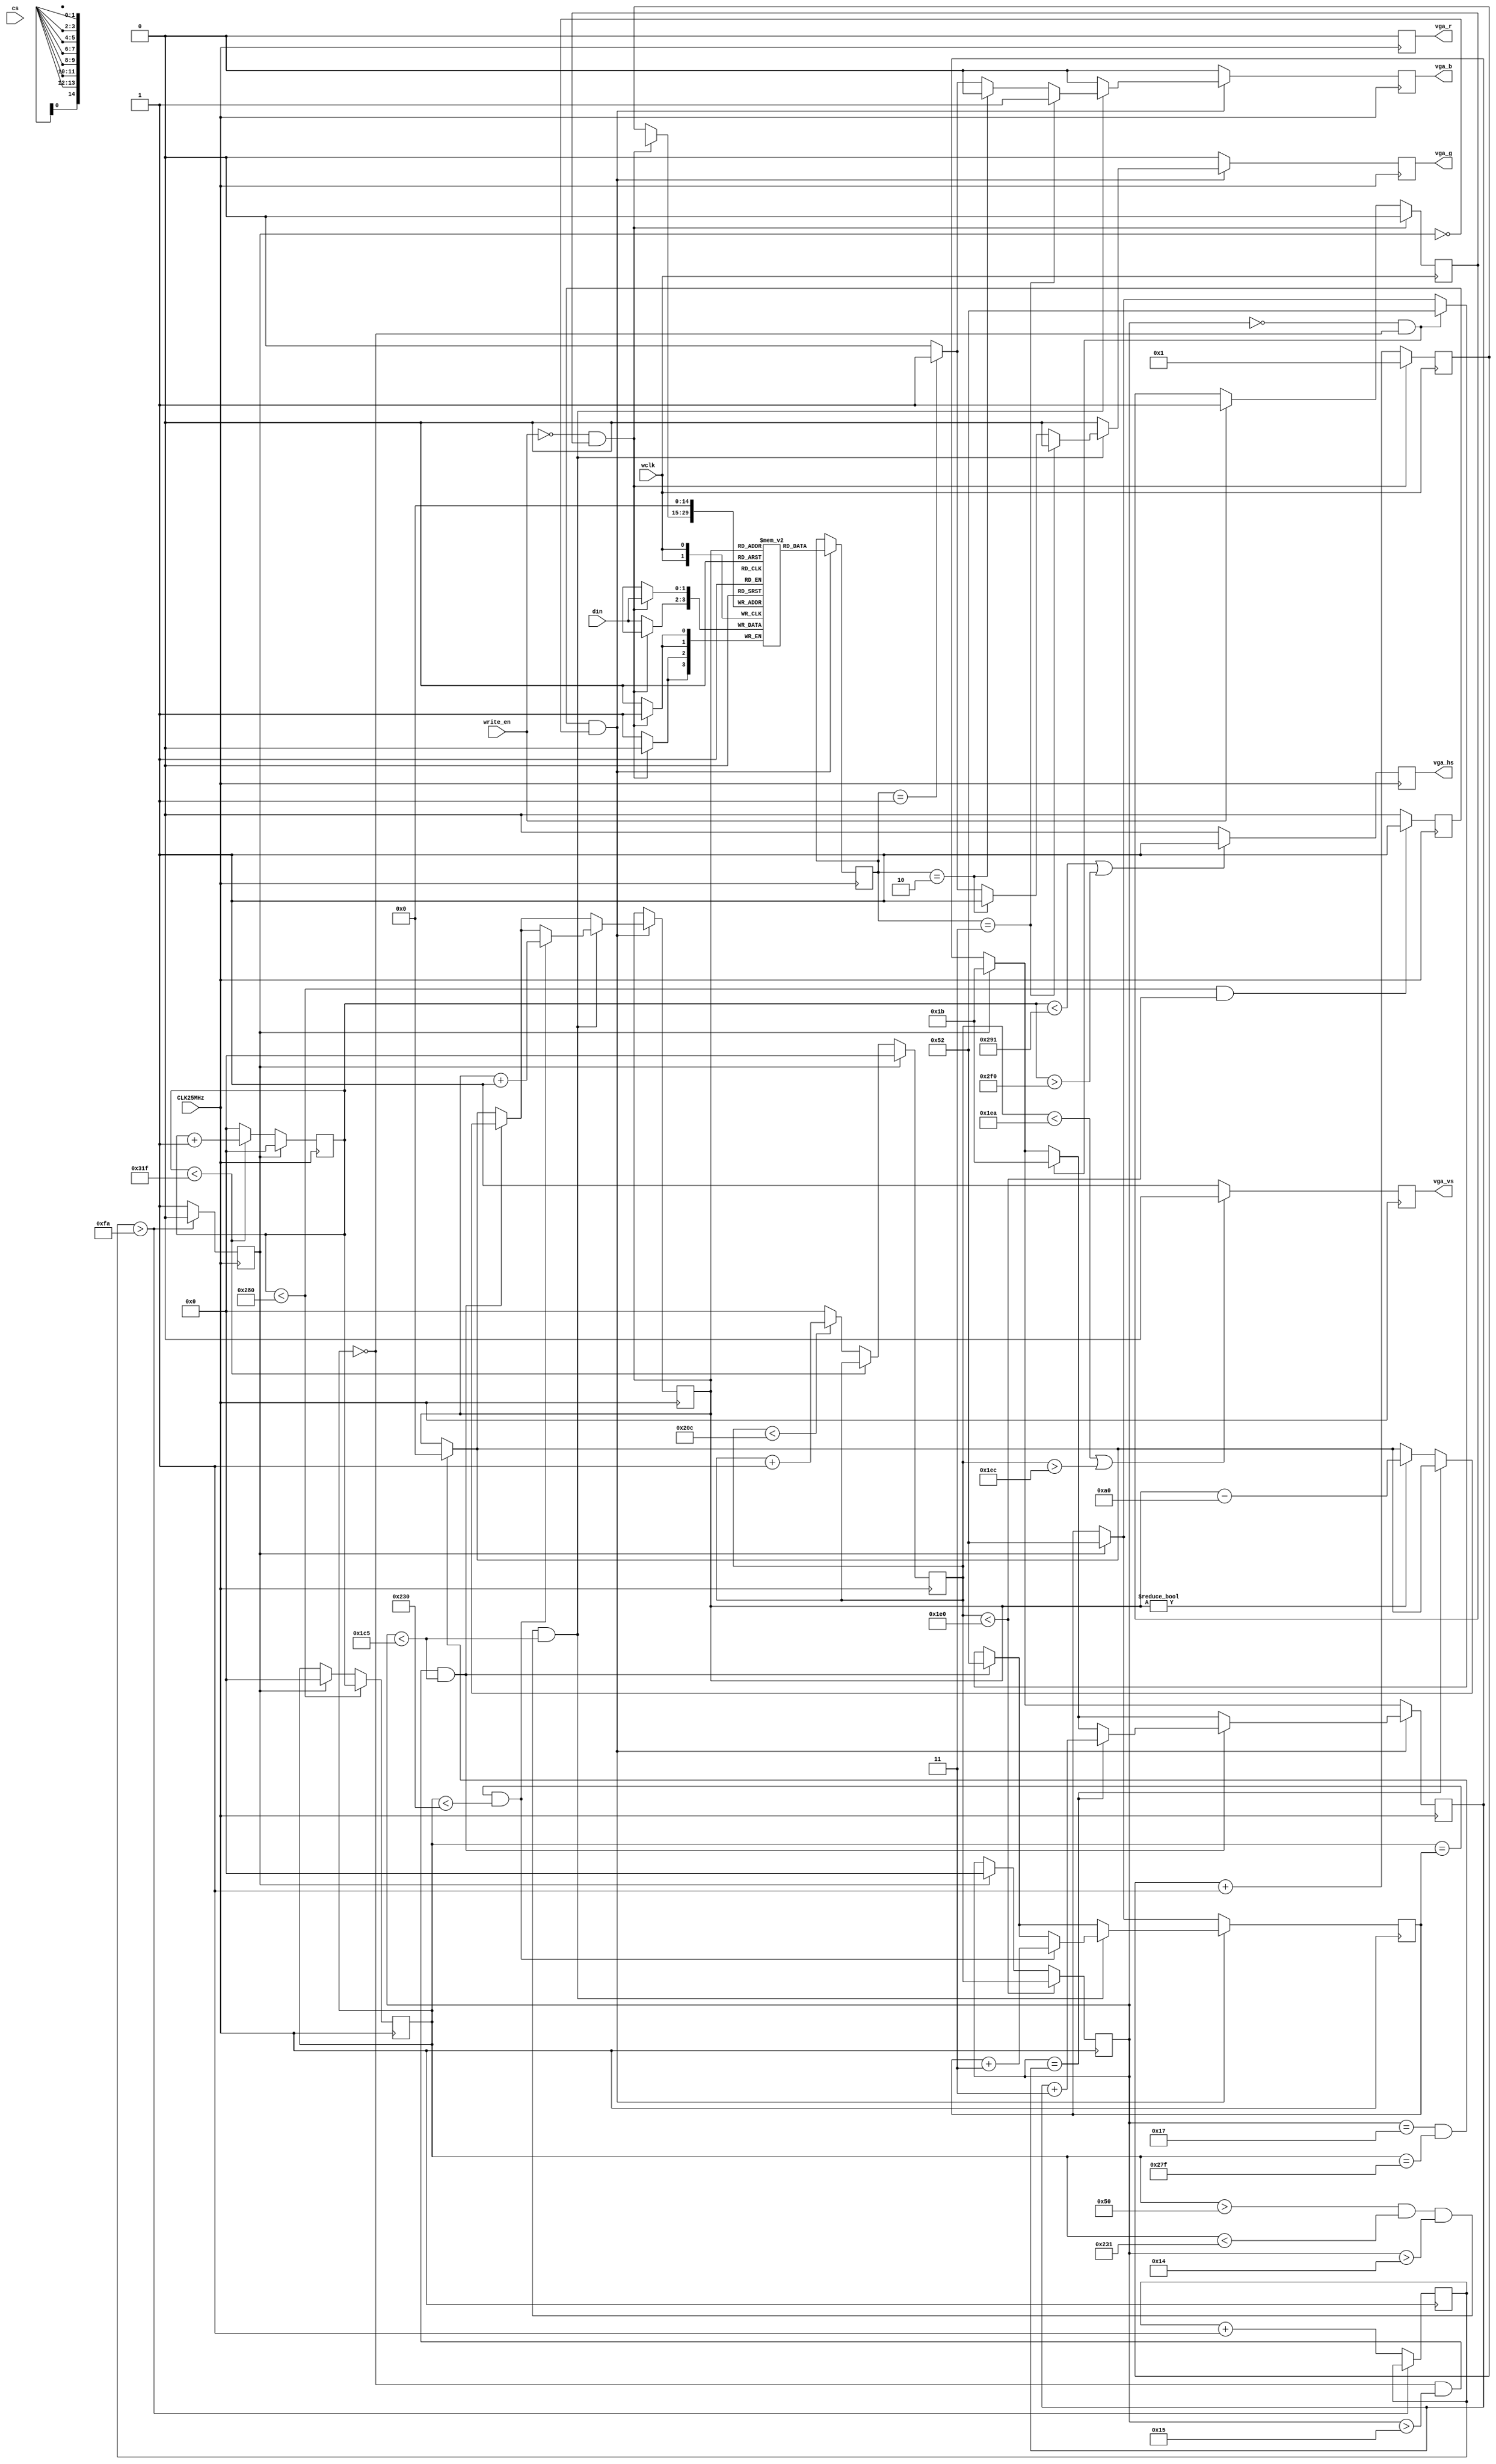
//partially based on the VGA demo code at http://github.com/OLIMEX/iCE40HX1K-EVB

`default_nettype none //disable implicit definitions by Verilog

module top( //top module and signals wired to FPGA pins
    CLK25MHz,
    vga_r,
    vga_g,
    vga_b,
    vga_hs,
    vga_vs,

    wclk,
    write_en,
    din,
    cs,
);

parameter addr_width = 15;
parameter data_width = 2;
reg [data_width-1:0] mem [(1<<addr_width)-1:0];

reg  [data_width-1:0] dout;
wire [addr_width-1:0] raddr;
reg  [addr_width-1:0] raddr_r = 0;
assign raddr = raddr_r;

input cs; // (not used)
input wclk;
input write_en;
reg   write_en_r;
input [data_width-1:0] din;
wire [addr_width-1:0] waddr;
reg  [addr_width-1:0] waddr_r = 0;
assign waddr = waddr_r;

always @(negedge wclk) // Write memory
begin
  if(write_en == 0 && write_en_r == 1) begin // VSYNC
    mem[0] <= din;
    waddr_r <= 1;
    write_en_r <= 0;
  end
  else begin
    mem[waddr] <= din;
    waddr_r <= waddr_r + 1; // Increment address
    if(write_en == 1) begin
      write_en_r <= 1;
    end
  end
end

input               CLK25MHz;   // Oscillator input 25MHz
output              vga_r;      // VGA Red 1 bit
output              vga_g;      // VGA Green 1 bit
output              vga_b;      // VGA Blue 1 bit
output              vga_hs;     // H-sync pulse
output              vga_vs;     // V-sync pulse

parameter h_pulse   = 96;   //H-SYNC pulse width 96 * 40 ns (25 Mhz) = 3.84 uS
parameter h_bp      = 48;   //H-BP back porch pulse width
parameter h_pixels  = 640;  //H-PIX Number of pixels horizontally
parameter h_fp      = 16;   //H-FP front porch pulse width
parameter h_pol     = 1'b0; //H-SYNC polarity
parameter h_frame   = 800;  //800 = 96 (H-SYNC) + 48 (H-BP) + 640 (H-PIX) + 16 (H-FP)
parameter v_pulse   = 2;    //V-SYNC pulse width
parameter v_bp      = 33;   //V-BP back porch pulse width
parameter v_pixels  = 480;  //V-PIX Number of pixels vertically
parameter v_fp      = 10;   //V-FP front porch pulse width
parameter v_pol     = 1'b1; //V-SYNC polarity
parameter v_frame   = 525;  //525 = 2 (V-SYNC) + 33 (V-BP) + 480 (V-PIX) + 10 (V-FP)

reg                 vga_r_r;  //VGA colour registers R,G,B x 1 bit
reg                 vga_g_r;
reg                 vga_b_r;
reg                 vga_hs_r; //H-SYNC register
reg                 vga_vs_r; //V-SYNC register

assign  vga_r       = vga_r_r; //assign the output signals for VGA to the VGA registers
assign  vga_g       = vga_g_r;
assign  vga_b       = vga_b_r;
assign  vga_hs      = vga_hs_r;
assign  vga_vs      = vga_vs_r;

reg     [7:0]       timer_t = 8'b0; //8-bit timer with 0 initialisation
reg                 reset = 1;
reg     [9:0]       c_row;      //visible frame register row
reg     [9:0]       c_col;      //visible frame register column
reg     [9:0]       c_hor;      //complete frame register horizontally
reg     [9:0]       c_ver;      //complete frame register vertically
reg     [9:0]       scale_col;  //counter for scaling horizontally
reg     [9:0]       scale_row;  //counter for scaling vertically

reg                 disp_en; //display enable flag

always @ (posedge CLK25MHz) begin

    if(timer_t > 250) begin //generate 10 uS RESET signal
        reset <= 0;
    end
    else begin
        reset <= 1;              //while in reset display is disabled
        timer_t <= timer_t + 1;
        disp_en <= 0;
    end

    if(reset == 1) begin         //while RESET is high init counters
        c_hor <= 0;
        c_ver <= 0;
        vga_hs_r <= 1;
        vga_vs_r <= 0;
        c_row <= 0;
        c_col <= 0;
        scale_col <= 82;
        scale_row <= 27;
    end
    else begin //update current beam position
        if(c_hor < h_frame - 1) begin
            c_hor <= c_hor + 1;
        end
        else begin
            c_hor <= 0;
            if(c_ver < v_frame - 1) begin
                c_ver <= c_ver + 1;
            end
            else begin
                c_ver <= 0;
            end
        end
    end
    if(c_hor < h_pixels + h_fp + 1 || c_hor > h_pixels + h_fp + h_pulse) begin //H-SYNC generator
        vga_hs_r <= ~h_pol;
    end
    else begin
        vga_hs_r <= h_pol;
    end
    if(c_ver < v_pixels + v_fp || c_ver > v_pixels + v_fp + v_pulse) begin     //V-SYNC generator
        vga_vs_r <= ~v_pol;
    end
    else begin
        vga_vs_r <= v_pol;
    end
    if(c_hor < h_pixels) begin //c_col and c_row counters are updated only in the visible time-frame
        c_col <= c_hor;
    end
    if(c_ver < v_pixels) begin
        c_row <= c_ver;
    end
    if(c_hor < h_pixels && c_ver < v_pixels) begin //VGA colour signals are enabled only in the visible time frame
        disp_en <= 1;
    end
    else begin
        disp_en <= 0;
    end
    if(disp_en == 1 && reset == 0) begin

        dout <= mem[raddr]; // Read memory

        if(c_row == 0 && c_col == 0) begin //reset scaling
              scale_col <= 82;
              scale_row <= 27;
        end

        if(c_row == 23 && c_col == 639) begin //reset address
              raddr_r <= 0;
        end

        if(c_col == 0 && c_row > 21 && c_row < 453) begin //reset at the start of each line
              scale_col <= 82;
              if(c_row == scale_row) begin
                scale_row <= scale_row + 3;
              end
              else if(raddr_r != 0) begin
                //set pixel buffer address back to beginning of line
                raddr_r <= raddr_r - 160;
              end
        end

        if(c_col > 80 && c_col < 561 && c_row > 20 && c_row < 453) begin //centered 480 x 432 area

            if(c_col == scale_col && c_col < 560) begin
              scale_col <= scale_col + 3;
              //increment pixel buffer address horizontally
              raddr_r <= raddr_r + 1;
            end

            if(dout == 3) begin //check pixel buffer data
              vga_r_r <= 0;
              vga_g_r <= 0;
              vga_b_r <= 1; // BLUE
            end
            else if(dout == 2) begin
              vga_r_r <= 0;
              vga_g_r <= 1; // GREEN
              vga_b_r <= 0;
            end
            else if(dout == 1) begin
              vga_r_r <= 0;
              vga_g_r <= 1; //  GREEN
              vga_b_r <= 1; // + BLUE = CYAN
            end
            else begin
              vga_r_r <= 0; // BLACK
              vga_g_r <= 0;
              vga_b_r <= 0;
            end
        end
        else begin //everything else is black
            vga_r_r <= 0;
            vga_g_r <= 0;
            vga_b_r <= 0;
        end
    end
    else begin //when display is not enabled everything is black
        vga_r_r <= 0;
        vga_g_r <= 0;
        vga_b_r <= 0;
    end

end

endmodule